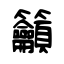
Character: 籲